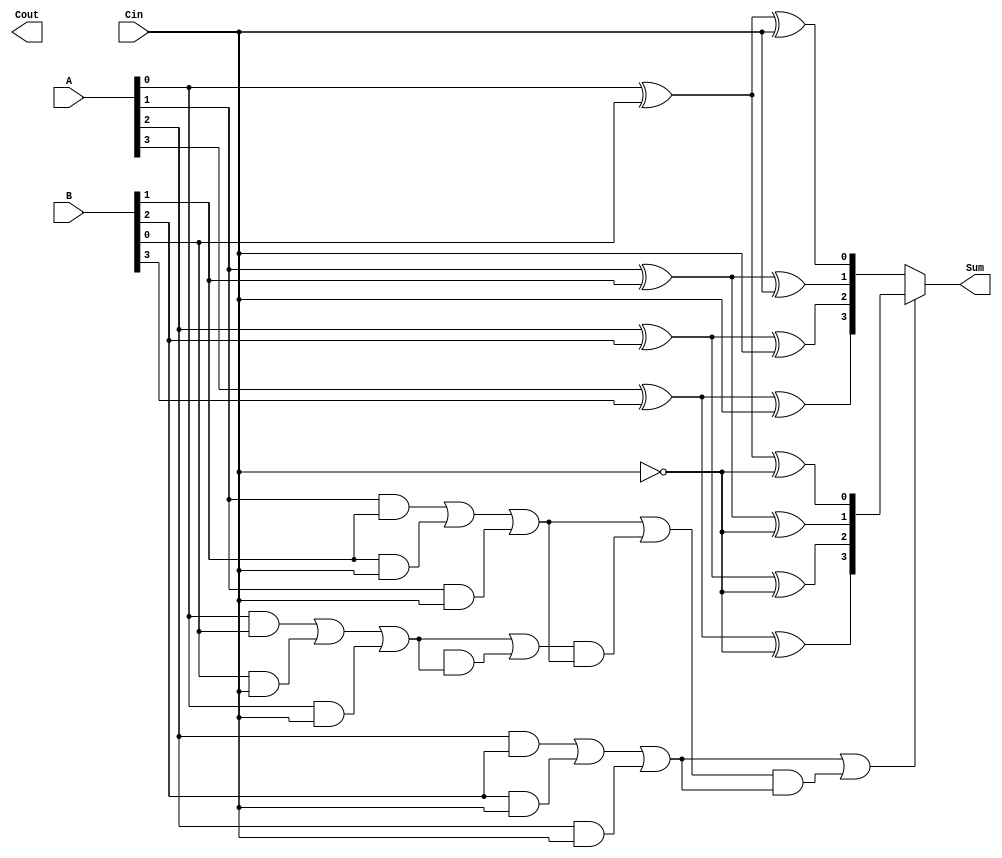
module conditional_sum_adder #(parameter N = 4) (
    input  wire [N-1:0] A,    // First n-bit input
    input  wire [N-1:0] B,    // Second n-bit input
    input  wire Cin,           // Carry-in
    output wire [N-1:0] Sum,   // n-bit sum output
    output wire Cout           // Carry-out
);

    // Partial sums and carries
    wire [N-1:0] S0, S1;       // Partial sums when Cin = 0 and Cin = 1
    wire [N-1:0] C0, C1;       // Carry outputs for Cin = 0 and Cin = 1
    wire [N-1:0] C;            // Carry select signals

    // Generate partial sums and carries for each bit
    genvar i;
    generate
        for (i = 0; i < N; i = i + 1) begin : CSA
            // Partial sums
            assign S0[i] = A[i] ^ B[i] ^ Cin;             // Sum when Cin = 0
            assign S1[i] = A[i] ^ B[i] ^ (Cin ^ 1'b1);    // Sum when Cin = 1
            
            // Carry generation
            assign C0[i] = (A[i] & B[i]) | (B[i] & Cin) | (A[i] & Cin); // Carry when Cin = 0
            assign C1[i] = C0[i]; // Carry when Cin = 1 (same as C0 in this case)
        end
    endgenerate

    // Carry select logic
    wire [N-1:0] selected_sum;
    assign selected_sum = (C[N-2]) ? S1 : S0; // Select based on carry-out from previous bit

    // Final sum and carry-out
    assign Sum = selected_sum;
    assign Cout = C[N-1];

    // Generate carry signals for each bit position
    generate
        for (i = 0; i < N-1; i = i + 1) begin : carry_gen
            assign C[i] = (C0[i] | (C[i-1] & C1[i])); // Carry select logic
        end
    endgenerate

    // Final carry-out
    assign Cout = C[N-1];

endmodule